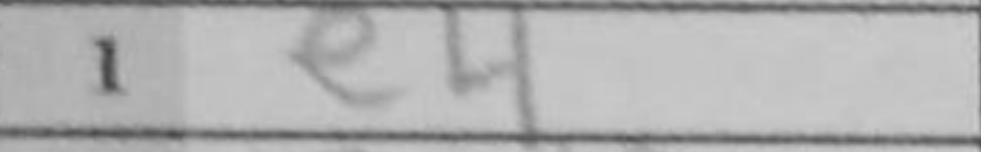
Transcription: e4